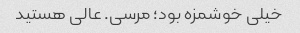
خیلی خوشمزه بود؛ مرسی. عالی هستید